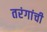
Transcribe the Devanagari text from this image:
तरंगांची